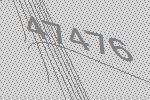
47476